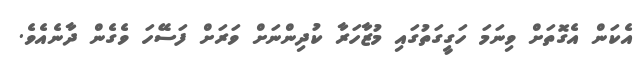
އެކަން އެގޮތަށް ވިނަމަ ހަގީގަތުގައި މުޒާހަރާ ކުދިންނަށް ވަރަށް ފަސޭހަ ވެގެން ދާނެއެވެ.